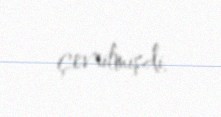
çevrilmişdi.